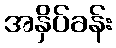
အနှိပ်ခန်း